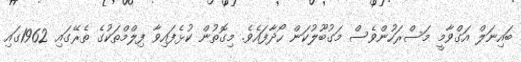
ބައިނަލް އަގްވާމީ މަސްރަހުންވެސް މަގުބޫލުކަން ހޯދާފައެވެ. މިގޮތުން ކުޅެފައިވާ ފިލްމްތަކުގެ ތެރޭގައި 1962ގައި